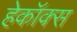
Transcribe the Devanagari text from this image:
हेकॉक्स